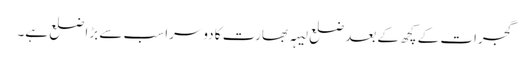
گجرات کے کچھ کے بعد ضلعِ لیہہ بھارت کا دوسرا سب سے بڑا ضلع ہے۔